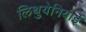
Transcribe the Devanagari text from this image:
लिथुयेनियाई